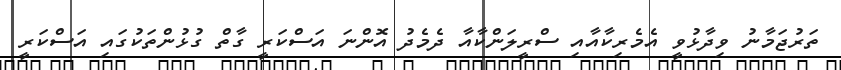
ތަރުޖަމާނު ވިދާޅުވީ އެމެރިކާއާއި ސްރީލަންކާއާ ދެމެދު އޮންނަ އަސްކަރީ ގާތް ގުޅުންތަކުގައި އަސްކަރީ